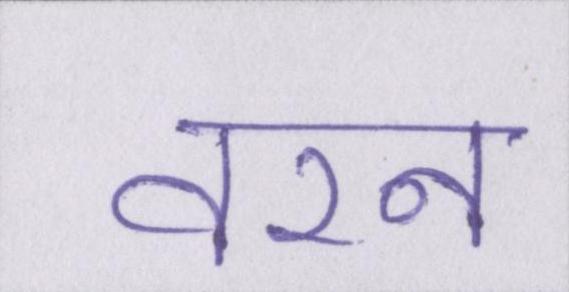
वरन